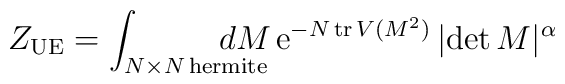
Z_{\rm UE}=\int_{N\times N\, \mbox{\scriptsize hermite}}\!\!\!\!\!\!\!\!\!\!dM\,{\rm e}^{-N\,{\rm tr}\,V(M^2)}\, |{\rm det}\,M|^{\alpha}